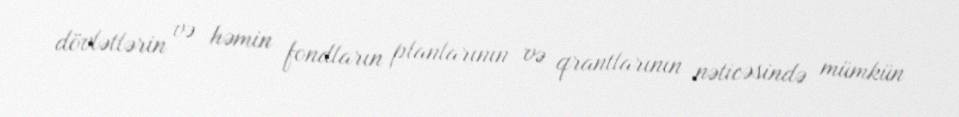
dövlətlərin və həmin fondların planlarının və qrantlarının nəticəsində mümkün